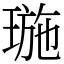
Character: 㻢